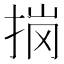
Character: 𭠽